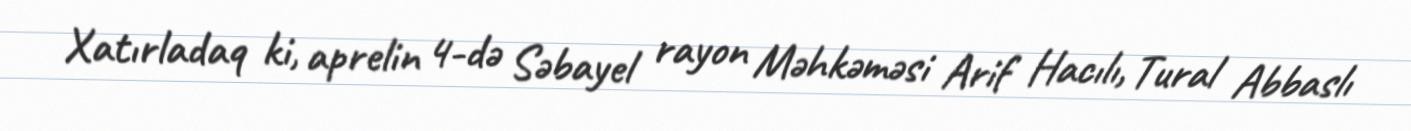
Xatırladaq ki, aprelin 4-də Səbayel rayon Məhkəməsi Arif Hacılı, Tural Abbaslı